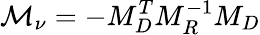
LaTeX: \mathcal{M}_{\nu}=-M_{D}^{T}M_{R}^{-1}M_{D}